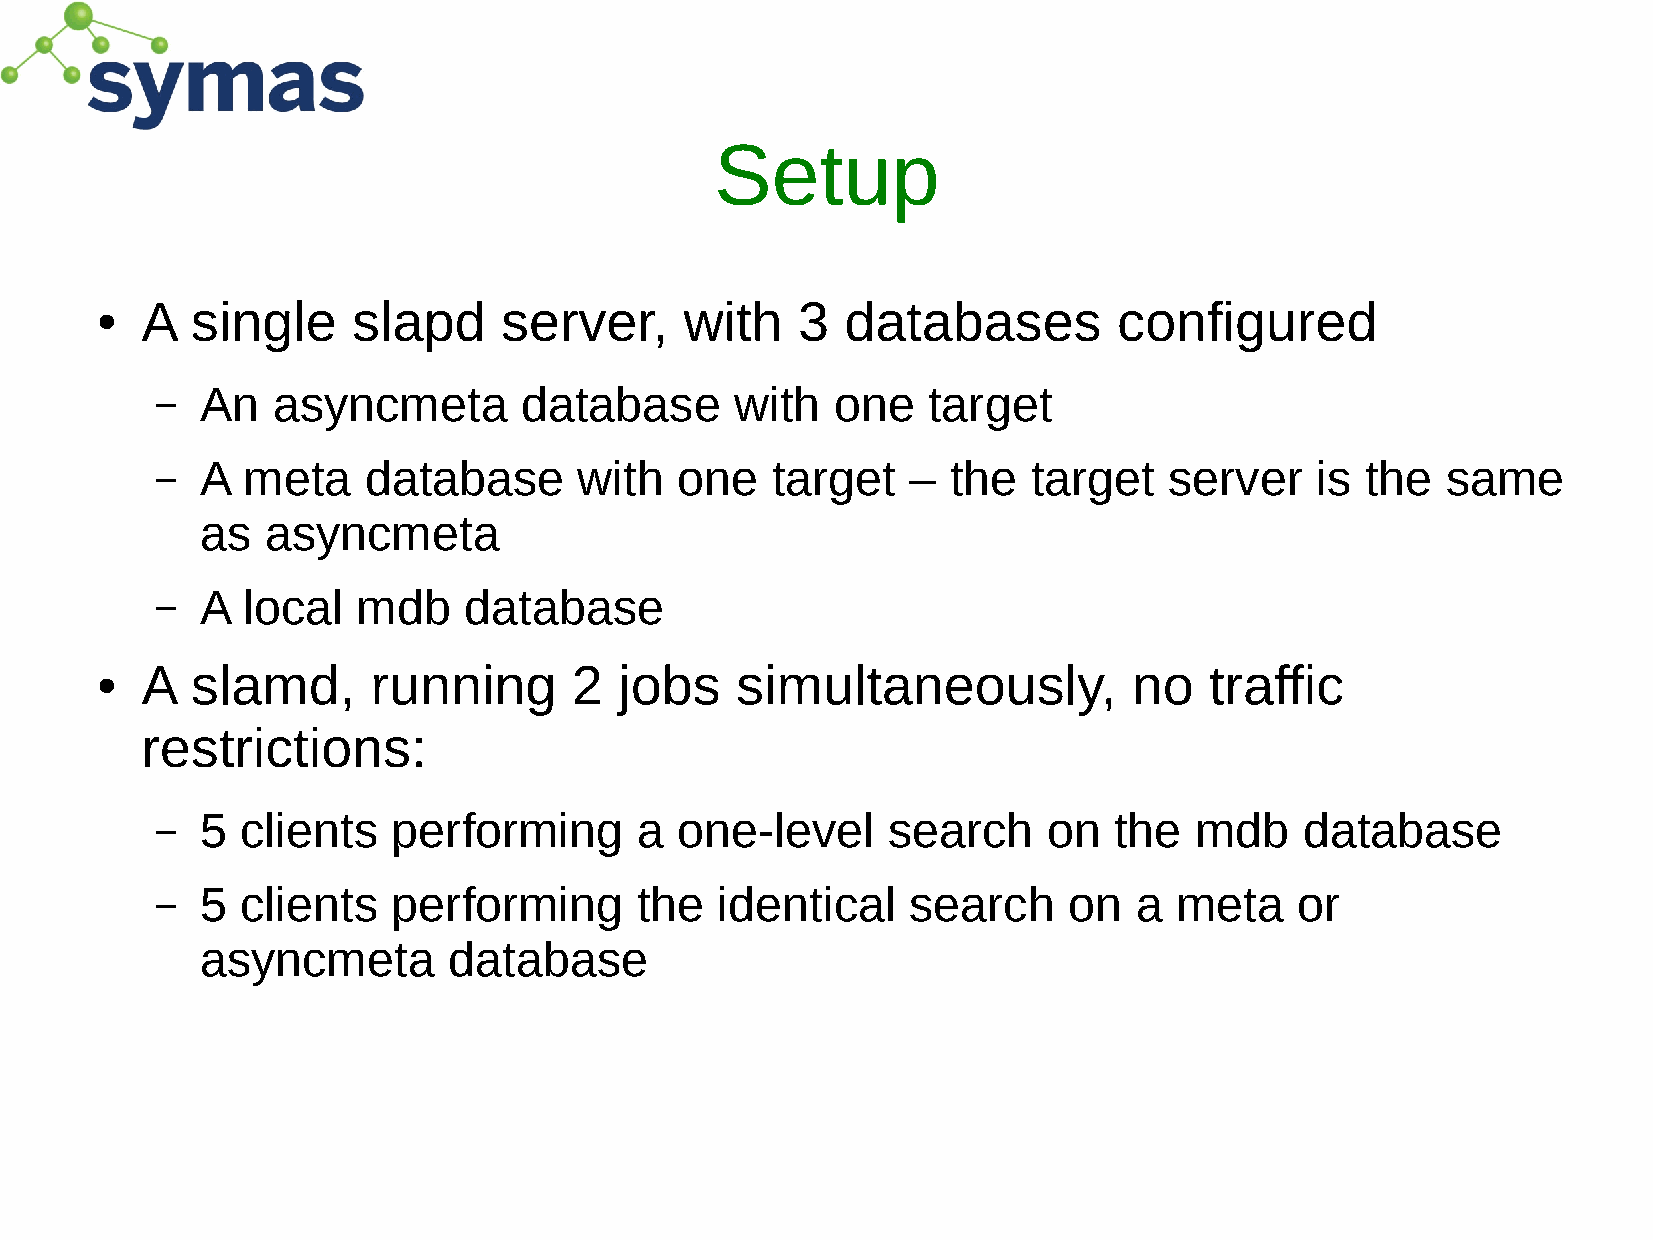
Setup
 A   single    slapd     server,     with    3  databases         configured
 ●
 –  An   asyncmeta       database       with  one   target
 –  A  meta    database      with   one   target   –  the  target   server    is the   same
 as   asyncmeta
 –  A  local   mdb    database
 A   slamd,      running      2  jobs    simultaneously,           no   traffic
 ●
 restrictions:
 –  5  clients   performing      a  one-level     search    on   the  mdb    database
 –  5  clients   performing      the   identical   search     on  a  meta    or
 asyncmeta        database